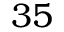
3 5